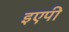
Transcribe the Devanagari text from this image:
इएपी